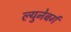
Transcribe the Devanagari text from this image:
ल्युनेबर्ग